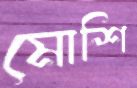
মোশি